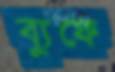
ব্যুফে